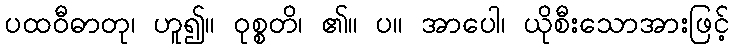
ပထဝီဓာတု၊ ဟူ၍။ ဝုစ္စတိ၊ ၏။ ပ။ အာပေါ၊ ယိုစီးသောအားဖြင့်